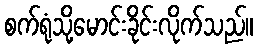
စက်ရုံသို့မောင်းခိုင်းလိုက်သည်။